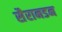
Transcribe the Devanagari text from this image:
सैरानडन